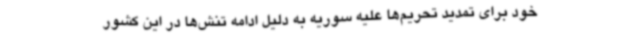
خود برای تمدید تحریم‌ها علیه سوریه به دلیل ادامه تنش‌ها در این کشور